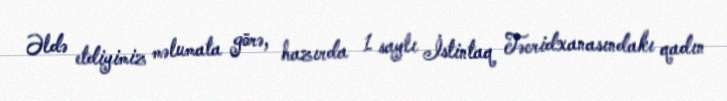
Əldə etdiyimiz məlumata görə, hazırda 1 saylı İstintaq Təcridxanasındakı qadın